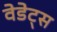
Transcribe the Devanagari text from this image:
वेडेट्स